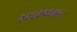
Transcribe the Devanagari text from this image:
२२६१९६७५।